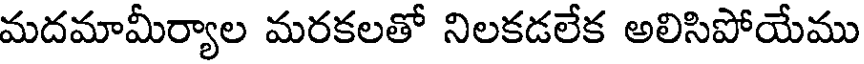
మదమామీర్యాల మరకలతో నిలకడలేక అలిసిపోయేము